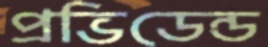
প্রভিডেন্ড